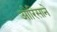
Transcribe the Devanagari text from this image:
ओरिसाने